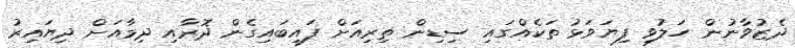
ދެޒުވާނުން ހަލުވި ފިޔަވަޅު ތަކެއްގައި ސިޑިން ތިރިއަށް ފައިބައިގެން ދޮރާއި ދިމާއަށް ދިޔައިރު